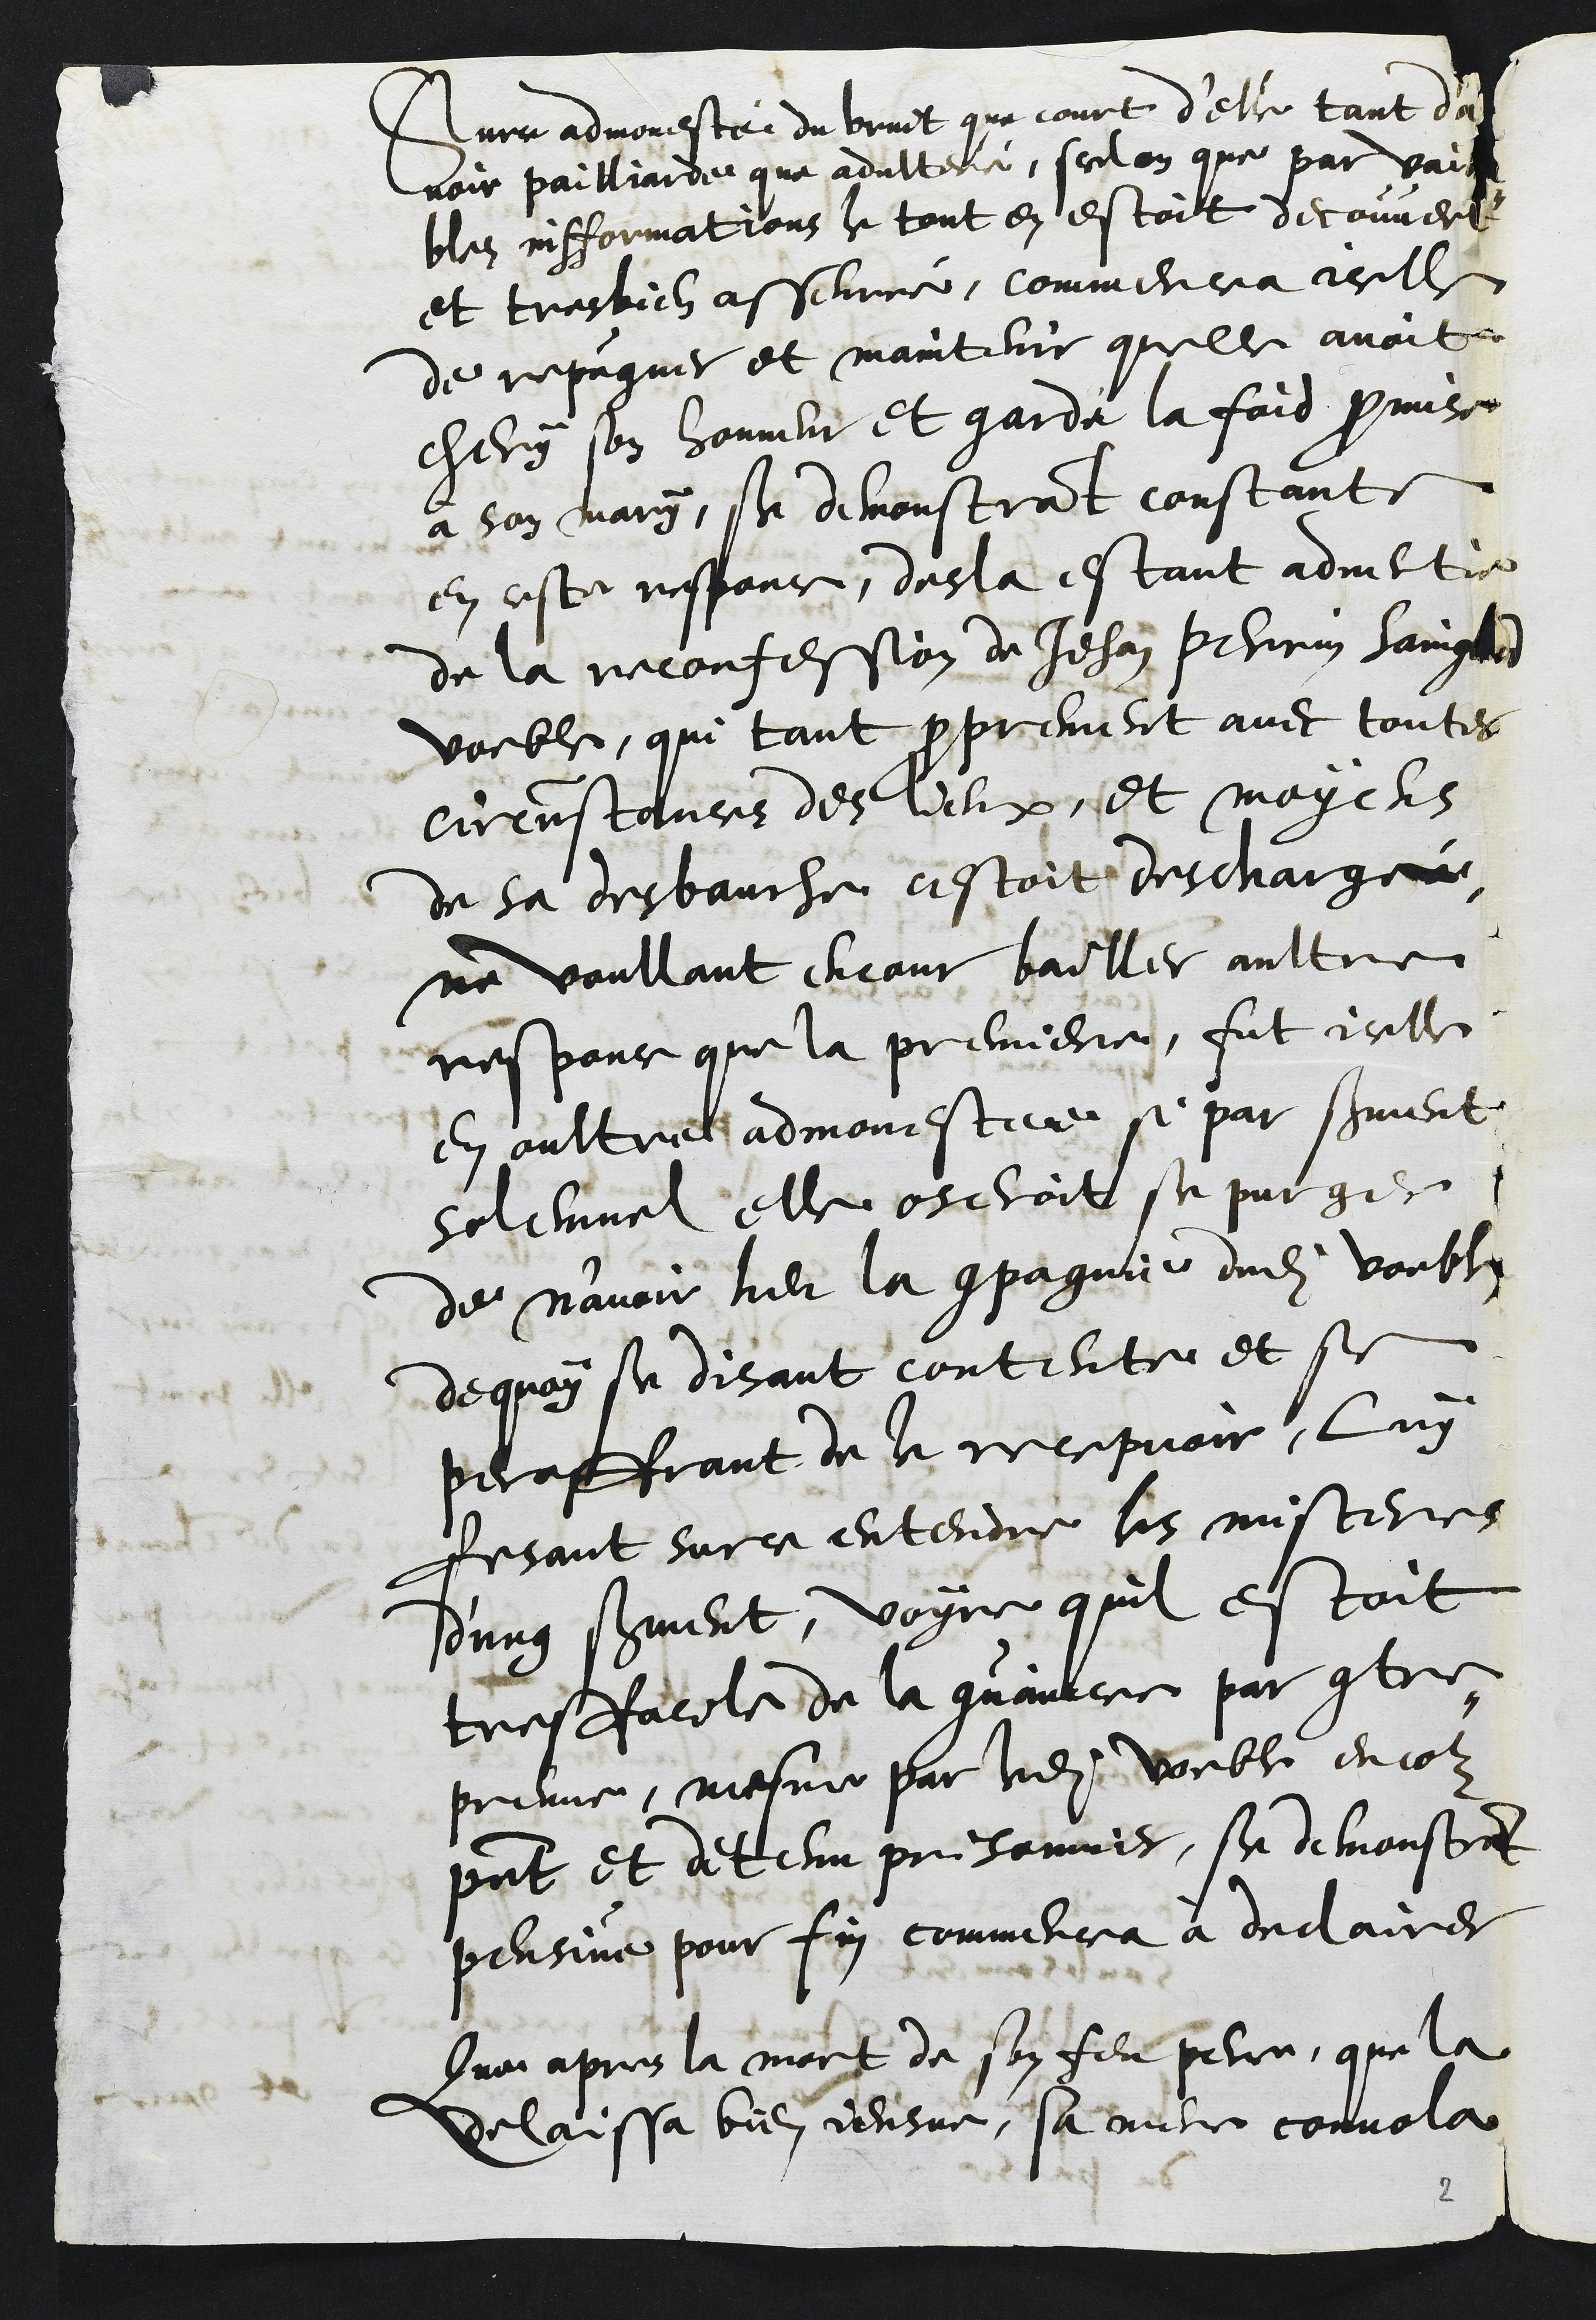
Surce admonesté du bruit que court d'elle tant d'a
voir pailliarde que adulteré, selon que par vaila¬
bles infformations le tout en estoit decouvert
et tres bien asseurré, commencea icelle
de repugner et maintenir quelle avoit
chery son honneur et gardé la foid promise
à son mary, se demonstrant constante
en ceste responce, desla estant advertie
de la reconfession de Jehan Perrin Saingnes
voeble, qui tant proprement avec toutes
circunstances des lieux et moyens
de sa desbauche cestoit deschargé
ne voullant encour bailler aultre
responce que la premiere, fut icelle
en oultre admonestee si par serment
solennel elle oseroit se purger
de n'avoir heu la compagnie dudit voeble
dequoy se disant contente et se
peroffrant de le recepvoir, luy
fesant surce entendre les misteres
d'ung serment, voyre quil estoit
tresfacile de la convainvre par contre¬
preuve, mesme par ledit voeble encour
present et detenu prisonnier, se demonstrant
pensive pour fin commenca à declairer
Que apres la mort de son feu pere, que la
delaissa bien jeusne, sa mere convola

2